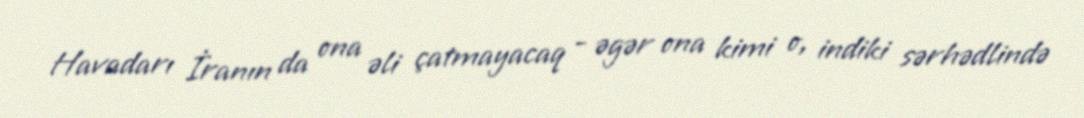
Havadarı İranın da ona əli çatmayacaq - əgər ona kimi o, indiki sərhədlində